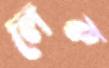
লেক